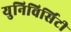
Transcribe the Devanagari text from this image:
युनिविर्सिटी